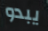
يبدو